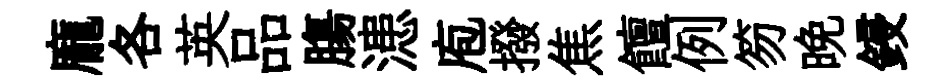
龐各英品膓漶庖撥焦饘例笏晩鋟